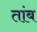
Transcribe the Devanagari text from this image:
तांब